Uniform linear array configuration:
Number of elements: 12
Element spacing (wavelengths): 0.75
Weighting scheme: kaiser
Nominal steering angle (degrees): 0
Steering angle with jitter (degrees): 0.7723
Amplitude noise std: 0.05
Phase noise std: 0.05

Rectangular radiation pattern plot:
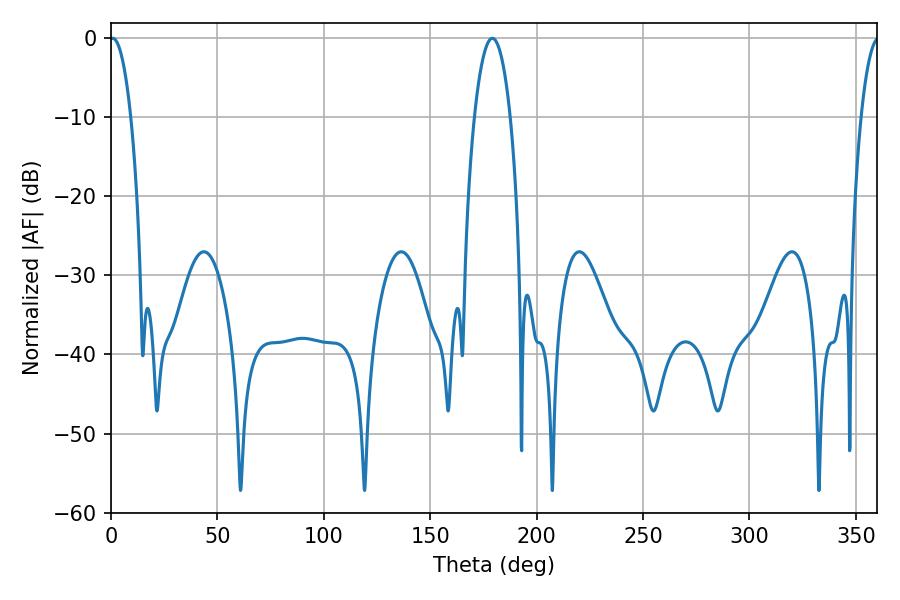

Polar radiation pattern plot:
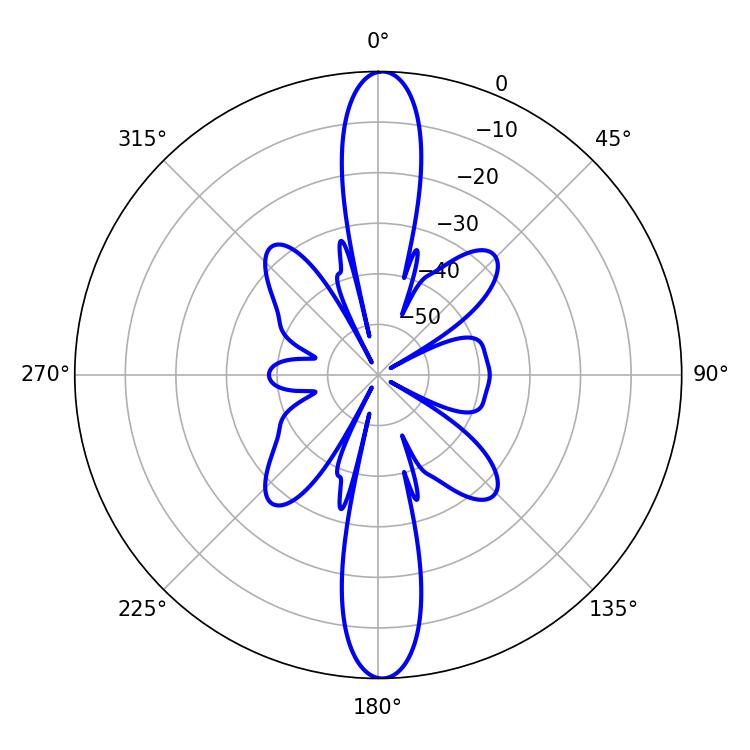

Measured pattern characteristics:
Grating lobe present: TRUE
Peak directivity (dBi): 25.914
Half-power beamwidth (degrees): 5.58
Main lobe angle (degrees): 0.9